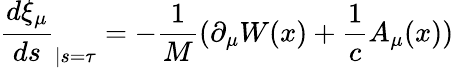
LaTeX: \frac{d\xi_{\mu}}{ds}_{|s=\tau}=-\frac{1}{M}(\partial_{\mu}W(x)+\frac{1}{c}A_{\mu}(x))